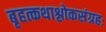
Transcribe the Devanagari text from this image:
बृहत्कथाश्लोकसंग्रहः